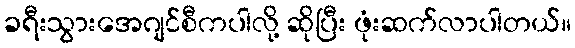
ခရီးသွားအေဂျင်စီကပါလို့ ဆိုပြီး ဖုံးဆက်လာပါတယ်။